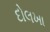
દોલખા